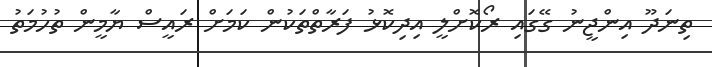
ތިނަދޫ އިންޖީނު ގޭގައި ރޯކޮށްލީ އިދިކޮޅު ފަރާތްތަކުން ކަމަށް ރައީސް ޔާމީން ތުހުމަތު